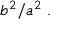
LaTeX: b ^ { 2 } / a ^ { 2 } \ .